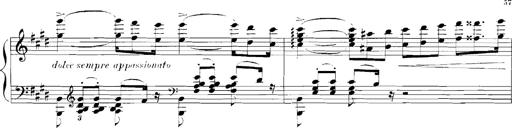
Title: Rhapsodies hongroises
Composer: Franz Liszt